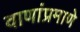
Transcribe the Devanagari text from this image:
वाणांप्रमाणे